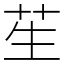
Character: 苼